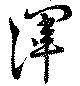
渾